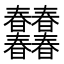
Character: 𣌠